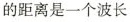
的距离是一个波长